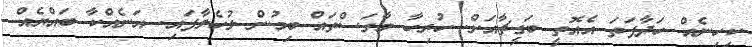
ކިހިނެއް ހަދާފަތަ އެއޮތީ ބަގީޗާއަށް. ހުރިހާ މާގަސްތައް ބިމުން ލުހެލާފައި. އަނެއްކާ ބައްޔެއް